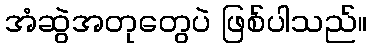
အံဆွဲအတုတွေပဲ ဖြစ်ပါသည်။